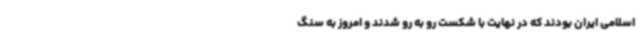
اسلامی ایران بودند که در نهایت با شکست رو به رو شدند و امروز به سنگ